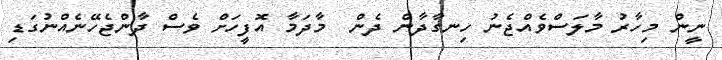
ނީން މިހާރު މާލަސްވެއްޖެނު ހިނގާދާން ދެން  މާދަމާ އޮފީހަށް ވެސް ދާންޖެހޭނެއްނުގަޑި